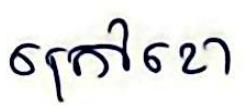
ក្រៅខោ